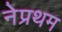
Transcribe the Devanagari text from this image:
नेप्रथम